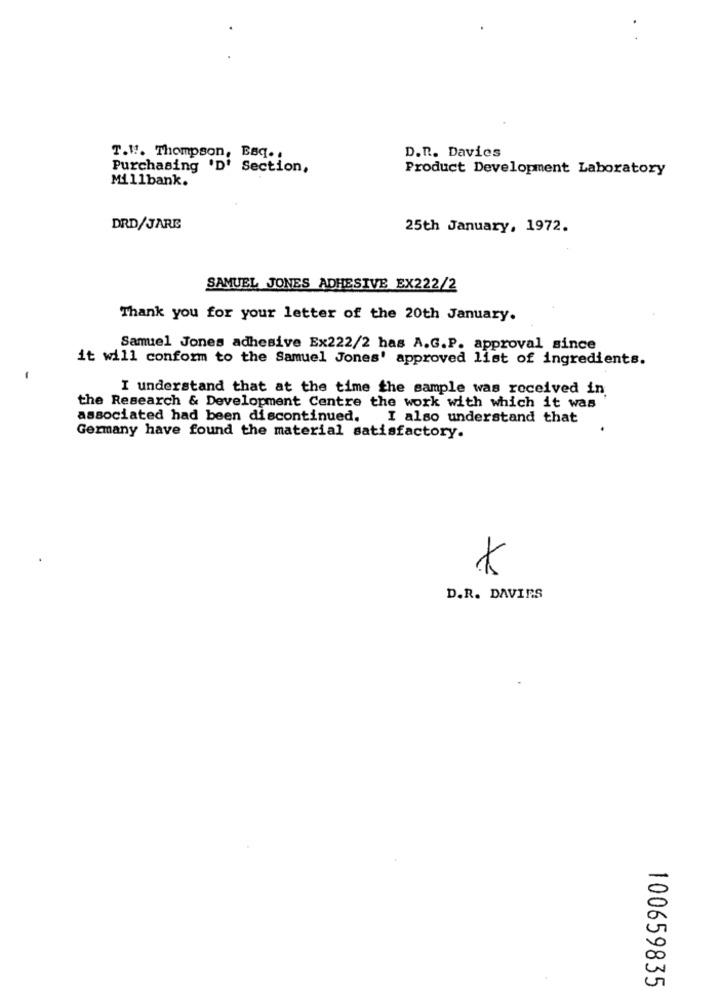
D.R. Davies
T.W. Thompson, BBq .,
Purchasing 'D' Section,
Product Development Laboratory
Millbank.
DRD/JARE
25th January, 1972.
SAMUEL JONES ADHESIVE EX222/2
Thank you for your letter of the 20th January.
Samuel Jones adhesive Ex222/2 has A.G.P. approval since
it will conform to the Samuel Jones' approved list of ingredients.
I understand that at the time the sample was received in
the Research & Development Centre the work with which it was
associated had been discontinued.
I also understand that
Germany have found the material satisfactory.
K
D.R. DAVIES
100659835